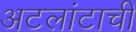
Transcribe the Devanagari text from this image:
अटलांटाची